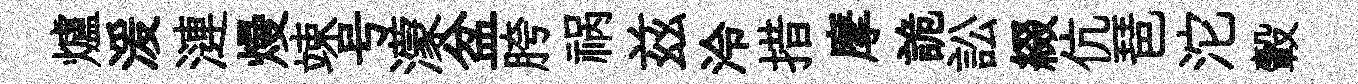
爐湲漣熳竦号濛盆胯祸兹泠措摩詭訟綴伉琶沱轂